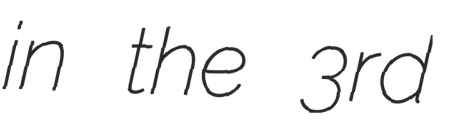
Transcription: in the 3rd